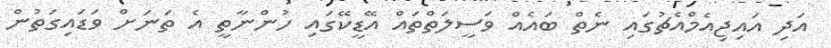
އަދި އައިޖިއެމްއެޗުގައި ނެތް ބައެއް ވަސީލަތްތައް އޭޑީކޭގައި ހުންނާތީ އެ ތަނަށް ވަޑައިގަތުން